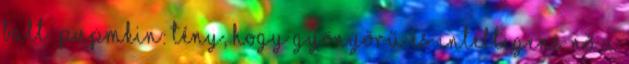
Balt: Pupmkin: Tény, hogy gyönyörű és intelligens nő a